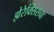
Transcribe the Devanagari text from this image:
झेरेक्सिसचा